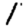
Digit: 1